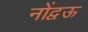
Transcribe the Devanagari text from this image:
नोंद्वऊ